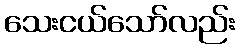
သေးငယ်သော်လည်း